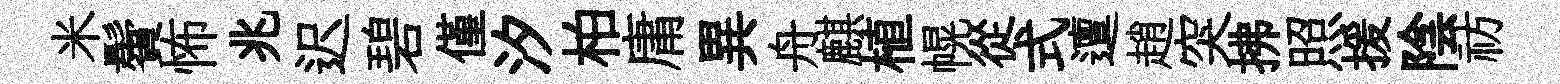
米鬢怖兆迟碧僅汐柏庸異舟麒植幌從式邅趙突拂照援陰祊